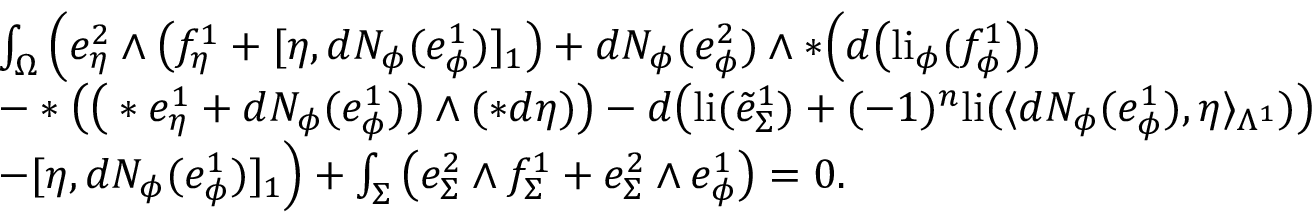
\begin{array} { r l } & { \int _ { \Omega } \Big ( e _ { \eta } ^ { 2 } \wedge \big ( f _ { \eta } ^ { 1 } + [ \eta , d N _ { \phi } ( e _ { \phi } ^ { 1 } ) ] _ { 1 } \big ) + d N _ { \phi } ( e _ { \phi } ^ { 2 } ) \wedge \ast \Big ( d \big ( \mathrm { l i } _ { \phi } ( f _ { \phi } ^ { 1 } \big ) ) } \\ & { - \ast \big ( \big ( \ast e _ { \eta } ^ { 1 } + d N _ { \phi } ( e _ { \phi } ^ { 1 } ) \big ) \wedge ( \ast d \eta ) \big ) - d \big ( \mathrm { l i } ( \tilde { e } _ { \Sigma } ^ { 1 } ) + ( - 1 ) ^ { n } \mathrm { l i } ( \langle d N _ { \phi } ( e _ { \phi } ^ { 1 } ) , \eta \rangle _ { \Lambda ^ { 1 } } ) \big ) } \\ & { - [ \eta , d N _ { \phi } ( e _ { \phi } ^ { 1 } ) ] _ { 1 } \Big ) + \int _ { \Sigma } \big ( e _ { \Sigma } ^ { 2 } \wedge f _ { \Sigma } ^ { 1 } + e _ { \Sigma } ^ { 2 } \wedge e _ { \phi } ^ { 1 } \big ) = 0 . } \end{array}